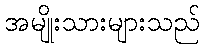
အမျိုးသားများသည်